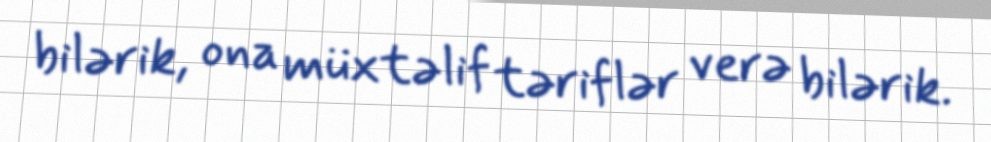
bilərik, ona müxtəlif təriflər verə bilərik.